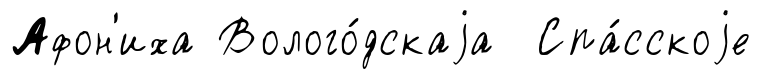
Афон'иха Волого́дскаjа Спа́сскоjе